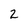
Character: 2